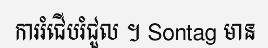
ការរំជើបរំជួល ។ Sontag មាន